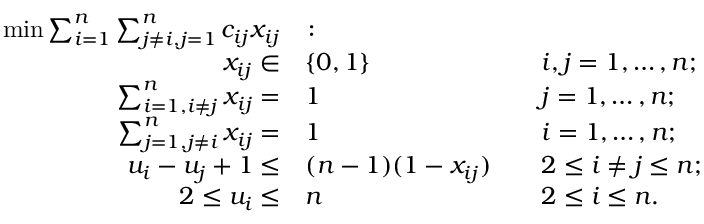
{ \begin{array} { r l r l } { \operatorname* { m i n } \sum _ { i = 1 } ^ { n } \sum _ { j \neq i , j = 1 } ^ { n } c _ { i j } x _ { i j } } & { \colon } & & { } \\ { x _ { i j } \in } & { \{ 0 , 1 \} } & & { i , j = 1 , \ldots , n ; } \\ { \sum _ { i = 1 , i \neq j } ^ { n } x _ { i j } = } & { 1 } & & { j = 1 , \ldots , n ; } \\ { \sum _ { j = 1 , j \neq i } ^ { n } x _ { i j } = } & { 1 } & & { i = 1 , \ldots , n ; } \\ { u _ { i } - u _ { j } + 1 \leq } & { ( n - 1 ) ( 1 - x _ { i j } ) } & & { 2 \leq i \neq j \leq n ; } \\ { 2 \leq u _ { i } \leq } & { n } & & { 2 \leq i \leq n . } \end{array} }